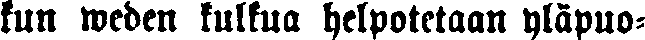
kun weden kulkua helpotetaan yläpuo-